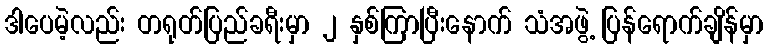
ဒါပေမဲ့လည်း တရုတ်ပြည်ခရီးမှာ ၂ နှစ်ကြာပြီးနောက် သံအဖွဲ့ ပြန်ရောက်ချိန်မှာ